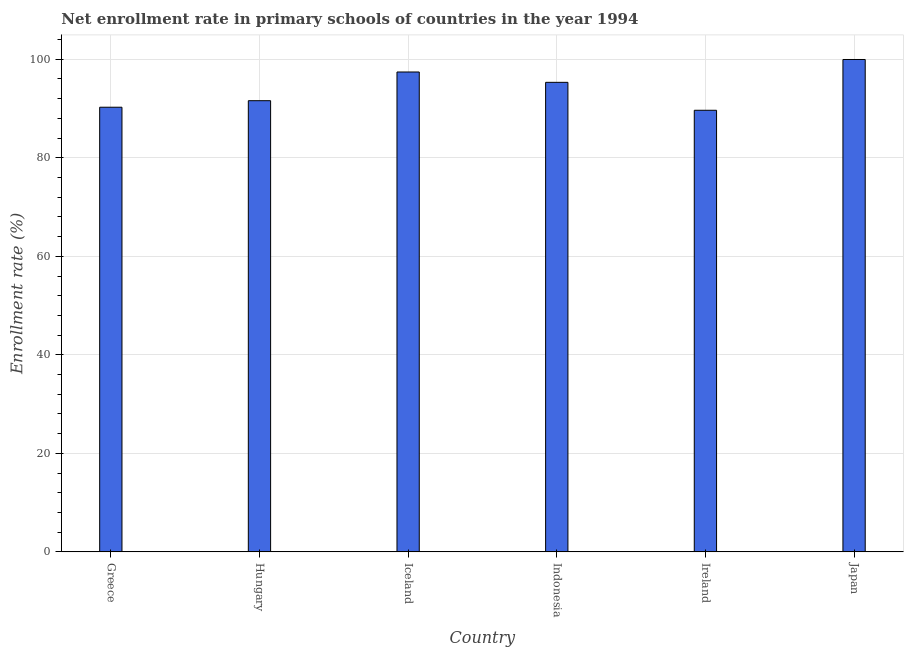
| Country | Adjusted net enrolment rate |
 | --- | --- |
 | Greece | 90.3 |
 | Hungary | 91.6 |
 | Iceland | 97.4 |
 | Indonesia | 95.3 |
 | Ireland | 89.7 |
 | Japan | 100 |